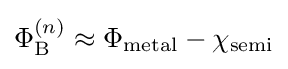
\Phi _{\rm {B}}^{(n)}\approx \Phi _{\rm {metal}}-\chi _{\rm {semi}}